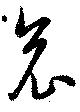
哀